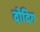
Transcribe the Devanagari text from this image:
दोदिग